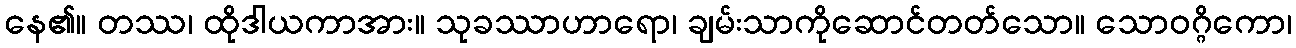
နေ၏။ တဿ၊ ထိုဒါယကာအား။ သုခဿာဟာရော၊ ချမ်းသာကိုဆောင်တတ်သော။ သောဝဂ္ဂိကော၊